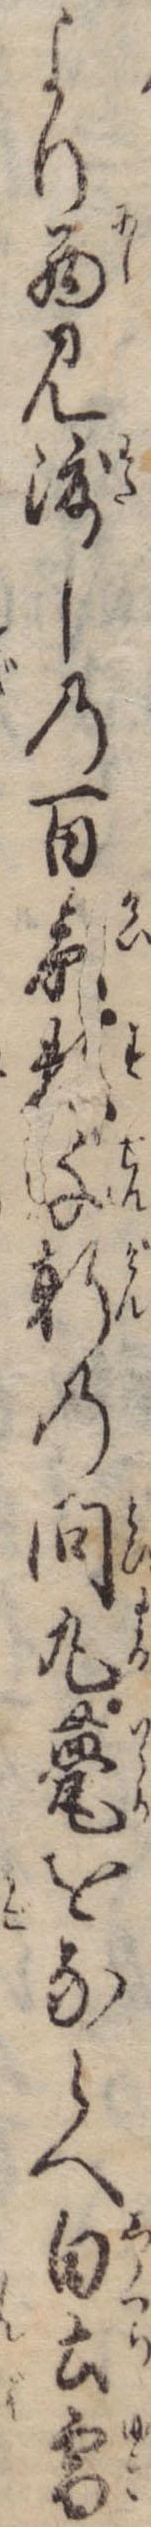
より西見渡しの百景数千軒の問丸甍をならへ白土雪